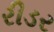
રીડર